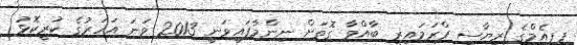
ޕީޕީއެމްގެ ރިޔާސީ ޕްރަމައިރީ ބާއްވާ ގޮތަށް ނިންމާފައިވަނީ 2013 ވަނަ އަހަރުގެ ކުރީކޮޅު